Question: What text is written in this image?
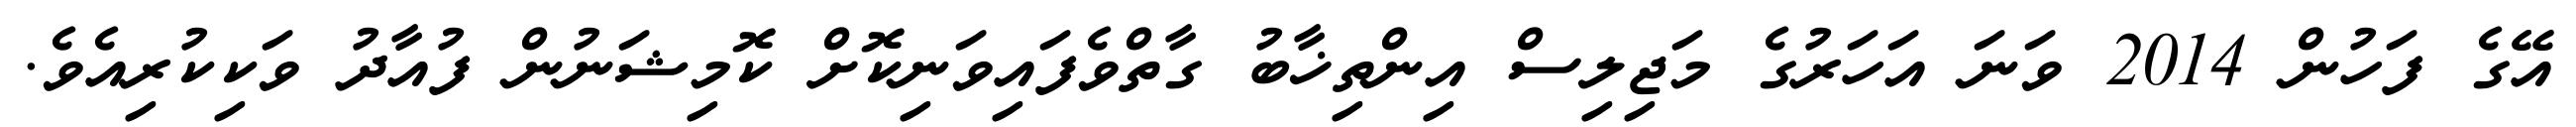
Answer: އޭގެ ފަހުން 2014 ވަނަ އަހަރުގެ މަޖިލިސް އިންތިޚާބު ގާތްވެފައިވަނިކޮށް ކޮމިޝަނުން ފުއާދު ވަކިކުރިއެވެ.